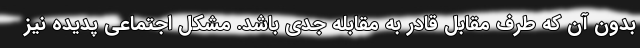
بدون آن كه طرف مقابل قادر به مقابله جدي باشد. مشكل اجتماعي پديده نيز